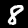
Digit: 8